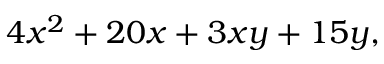
4 x ^ { 2 } + 2 0 x + 3 x y + 1 5 y ,